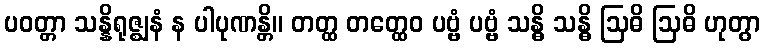
ပဝတ္တာ သန္နိရုဇ္ဈနံ န ပါပုဏန္တိ။ တတ္ထ တတ္ထေဝ ပဗ္ဗံ ပဗ္ဗံ သန္ဓိ သန္ဓိ ဩဓိ ဩဓိ ဟုတွာ